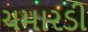
ચમારડી